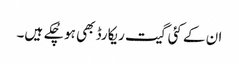
ان کے کئی گیت ریکارڈ بھی ہو چُکے ہیں۔